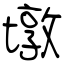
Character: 墩